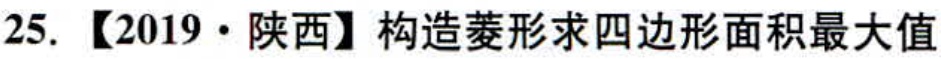
25. 【2019·陕西】构造菱形求四边形面积最大值